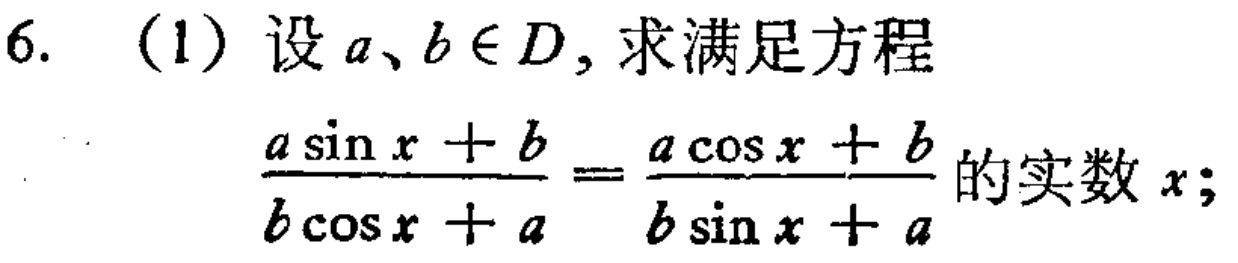
6. (1) 设 \(a、b\in D\)，求满足方程
\(\frac{a\sin x + b}{b\cos x + a}=\frac{a\cos x + b}{b\sin x + a}\) 的实数 \(x\)；